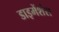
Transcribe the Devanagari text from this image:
डाइमेंशंस